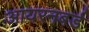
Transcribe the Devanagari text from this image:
आयरनबर्ड